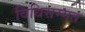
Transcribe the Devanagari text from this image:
विधिसम्‍मत